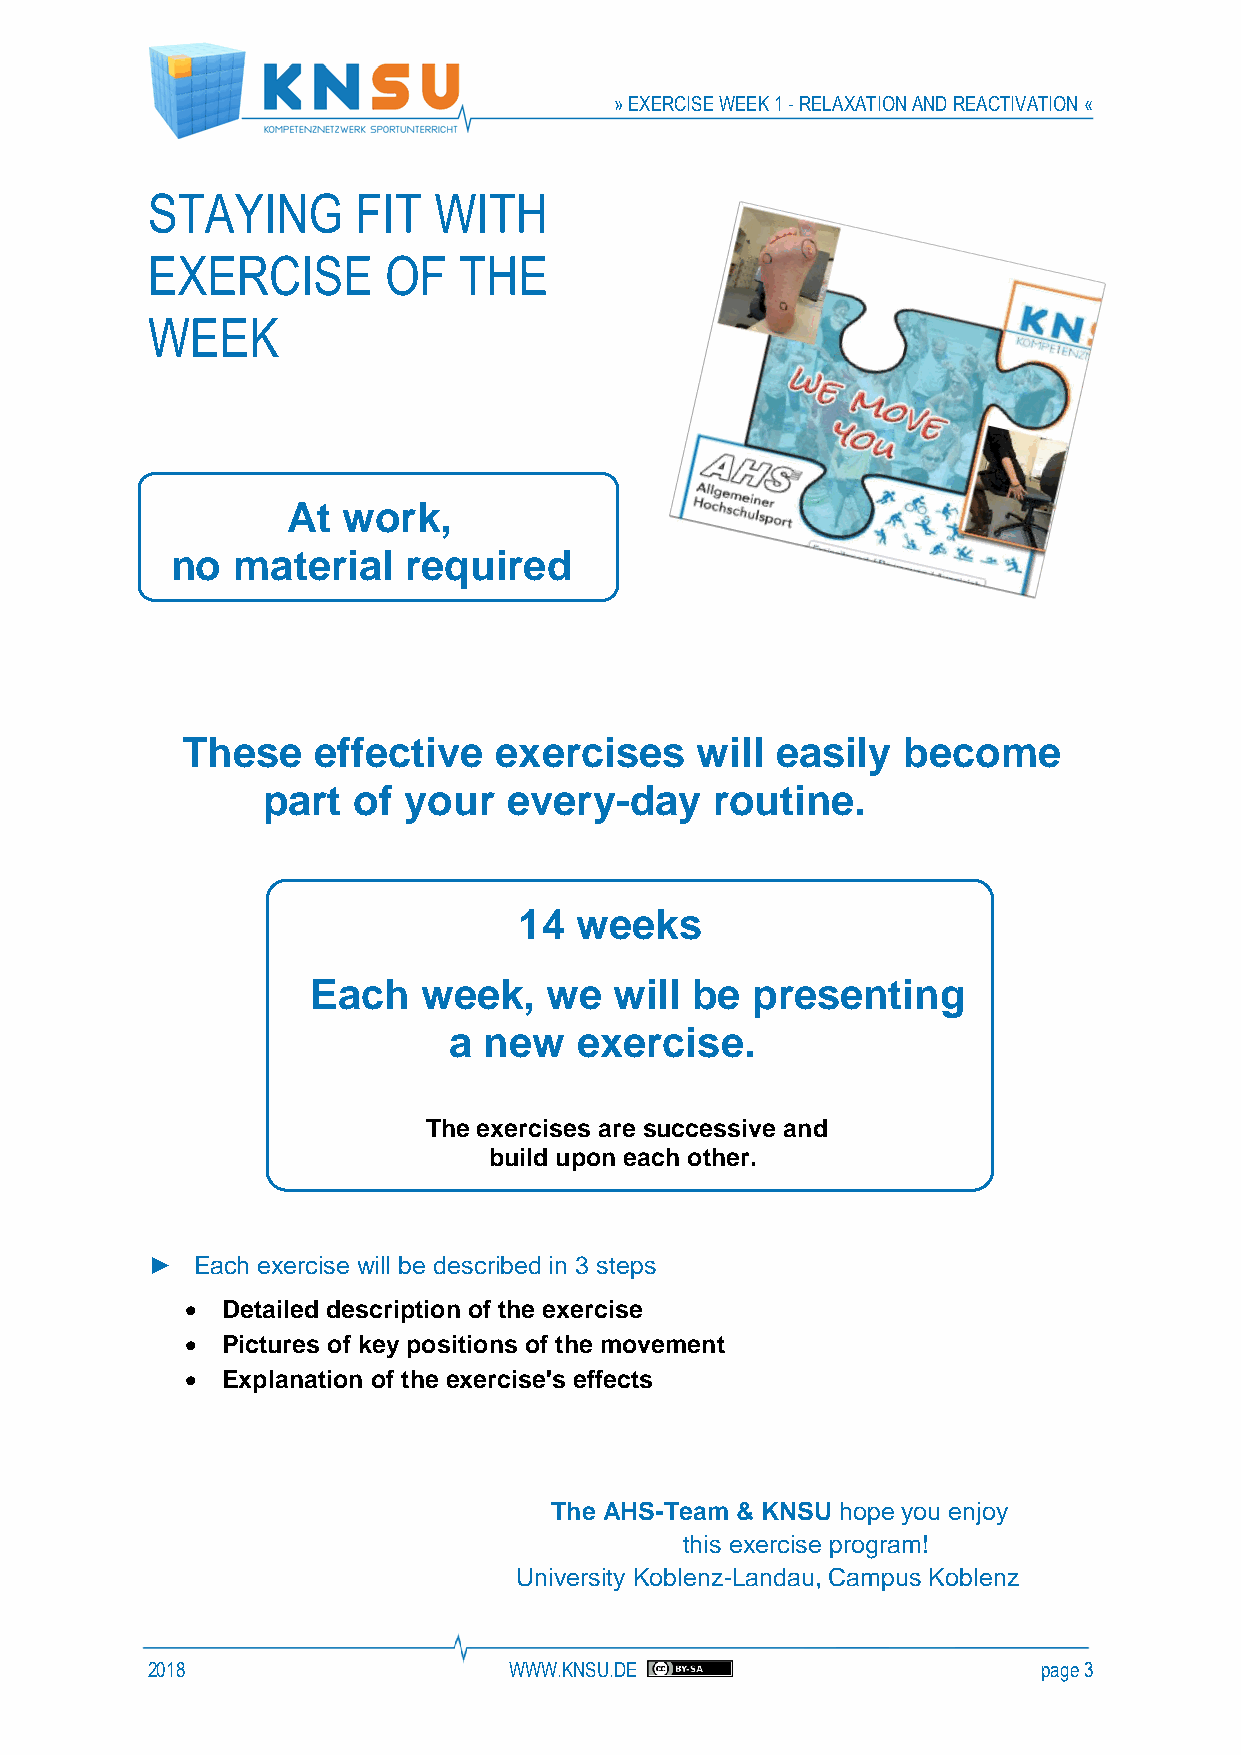
» EXERCISE WEEK 1 - RELAXATION AND REACTIVATION «
 STAYING       FIT  WITH
 EXERCISE       OF   THE
 WEEK
 At  work,
 no  material    required
 These    effective   exercises    will easily   become
 part  of  your   every-day    routine.
 14  weeks
 Each    week,   we   will be  presenting
 a new   exercise.
 The exercises are successive and
 build upon each other.
 ►  Each exercise will be described in 3 steps
 •  Detailed description of the exercise
 •  Pictures of key positions of the movement
 •  Explanation of the exercise's effects
 The AHS-Team & KNSU hope you enjoy
 this exercise program!
 University Koblenz-Landau, Campus Koblenz
 2018                    WWW.KNSU.DE                        page 3